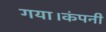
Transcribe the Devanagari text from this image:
गया।कंपनी